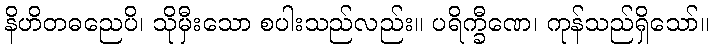
နိဟိတဓညေပိ၊ သိုမှီးသော စပါးသည်လည်း။ ပရိက္ခီဏေ၊ ကုန်သည်ရှိသော်။